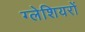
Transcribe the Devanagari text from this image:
ग्‍लेशियरों